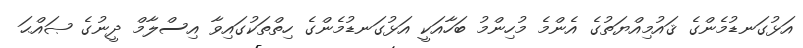
އަޅުގަނޑުމެންގެ ޤައުމިއްޔަތުގެ އެންމެ މުހިންމު ބަހާއަކީ އަޅުގަނޑުމެންގެ ހިތްތަކުގައިވާ އިސްލާމް ދީނުގެ ޞައްޙަ